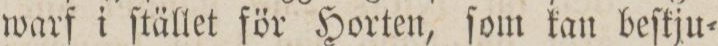
warf i ſtället för Horten, ſom kan beſtju=